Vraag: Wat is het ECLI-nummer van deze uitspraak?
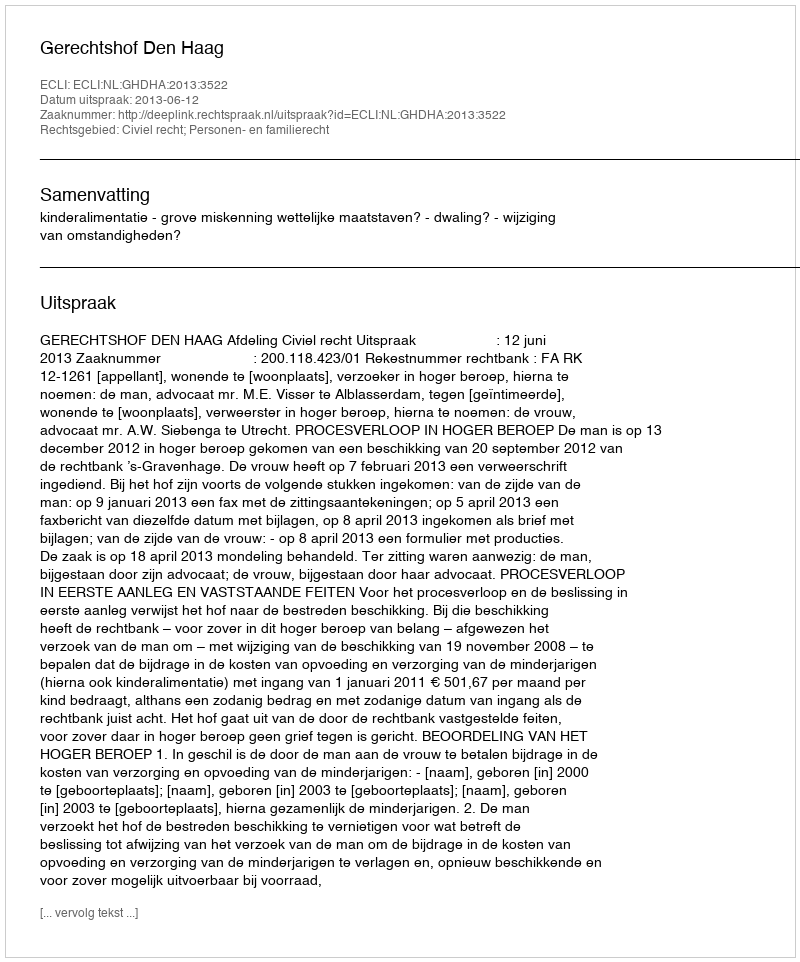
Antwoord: ECLI:NL:GHDHA:2013:3522